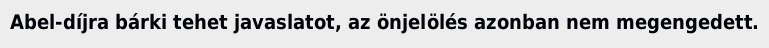
Abel-díjra bárki tehet javaslatot, az önjelölés azonban nem megengedett.